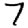
Digit: 7